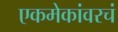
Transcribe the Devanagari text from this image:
एकमेकांवरचं